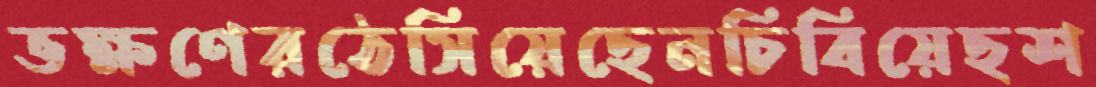
ভক্ষণেরঠেসিয়েছেনচিবিয়েছশ